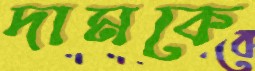
দামকে